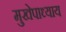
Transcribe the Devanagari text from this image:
मुखेपाध्याय